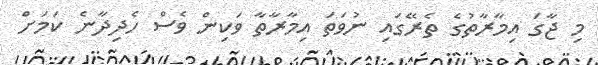
މި ޖާގަ އިމާރާތުގެ ތެރޭގައި ނުވަތަ އިމާރާތާ ވަކިން ވެސް ހެދިދާނެ ކަމަށް